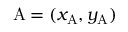
\mathrm { A } = ( x _ { \mathrm { A } } , y _ { \mathrm { A } } )